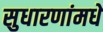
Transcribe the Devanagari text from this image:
सुधारणांमधे